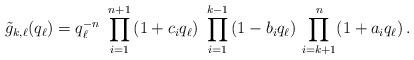
LaTeX: \begin{align*}\tilde{g}_{k,\ell}(q_\ell) = q_\ell^{-n}\ \prod_{i=1}^{n+1}\,(1+c_iq_\ell)\ \prod_{i=1}^{k-1}\,(1-b_iq_\ell)\, \prod_{i=k+1}^n (1+a_iq_\ell) \,.\end{align*}